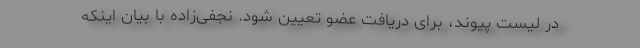
در لیست پیوند، برای دریافت عضو تعیین شود. نجفی‌زاده با بیان اینکه